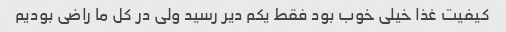
کیفیت غذا خیلی خوب بود فقط یکم دیر رسید ولی در کل ما راضی بودیم